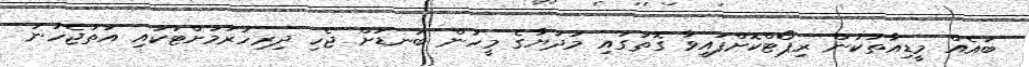
ބައެއް މީޑިއާތަކުން ރިޕޯޓްކޮށްފައިވާ ގޮތުގައި މަދަޔާގެ މީހުން ބަނޑަށް ޖެހި ދިރިހުރުމަށްޓަކައި އަތުޖެހުނު